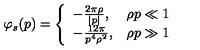
\varphi _ { s } ( p ) = \left\{ \begin{array} { l l } { - \frac { 2 \pi \rho } { | p | } , } & { \rho p \ll 1 } \\ { - \frac { 1 2 \pi } { p ^ { 4 } \rho ^ { 2 } } , } & { \rho p \gg 1 } \\ \end{array} \right.